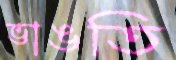
ভাঙতি